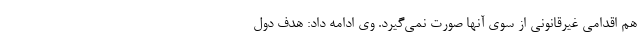
هم اقدامی غیرقانونی از سوی آنها صورت نمی‌گیرد. وی ادامه داد: هدف دول